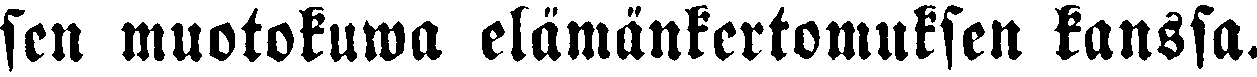
sen muotokuwa elämänkertomuksen kanssa.